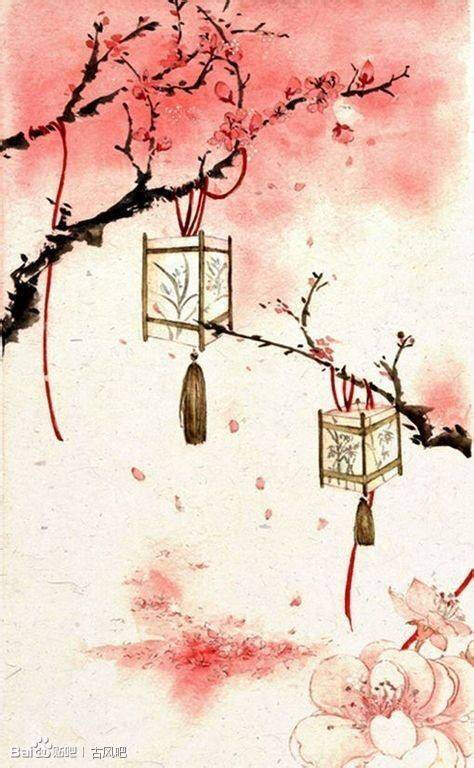
一曲新词酒一杯，去年天气旧亭台。